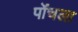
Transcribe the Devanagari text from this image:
पोंचला